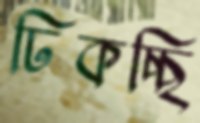
ঢিকচ্ছি